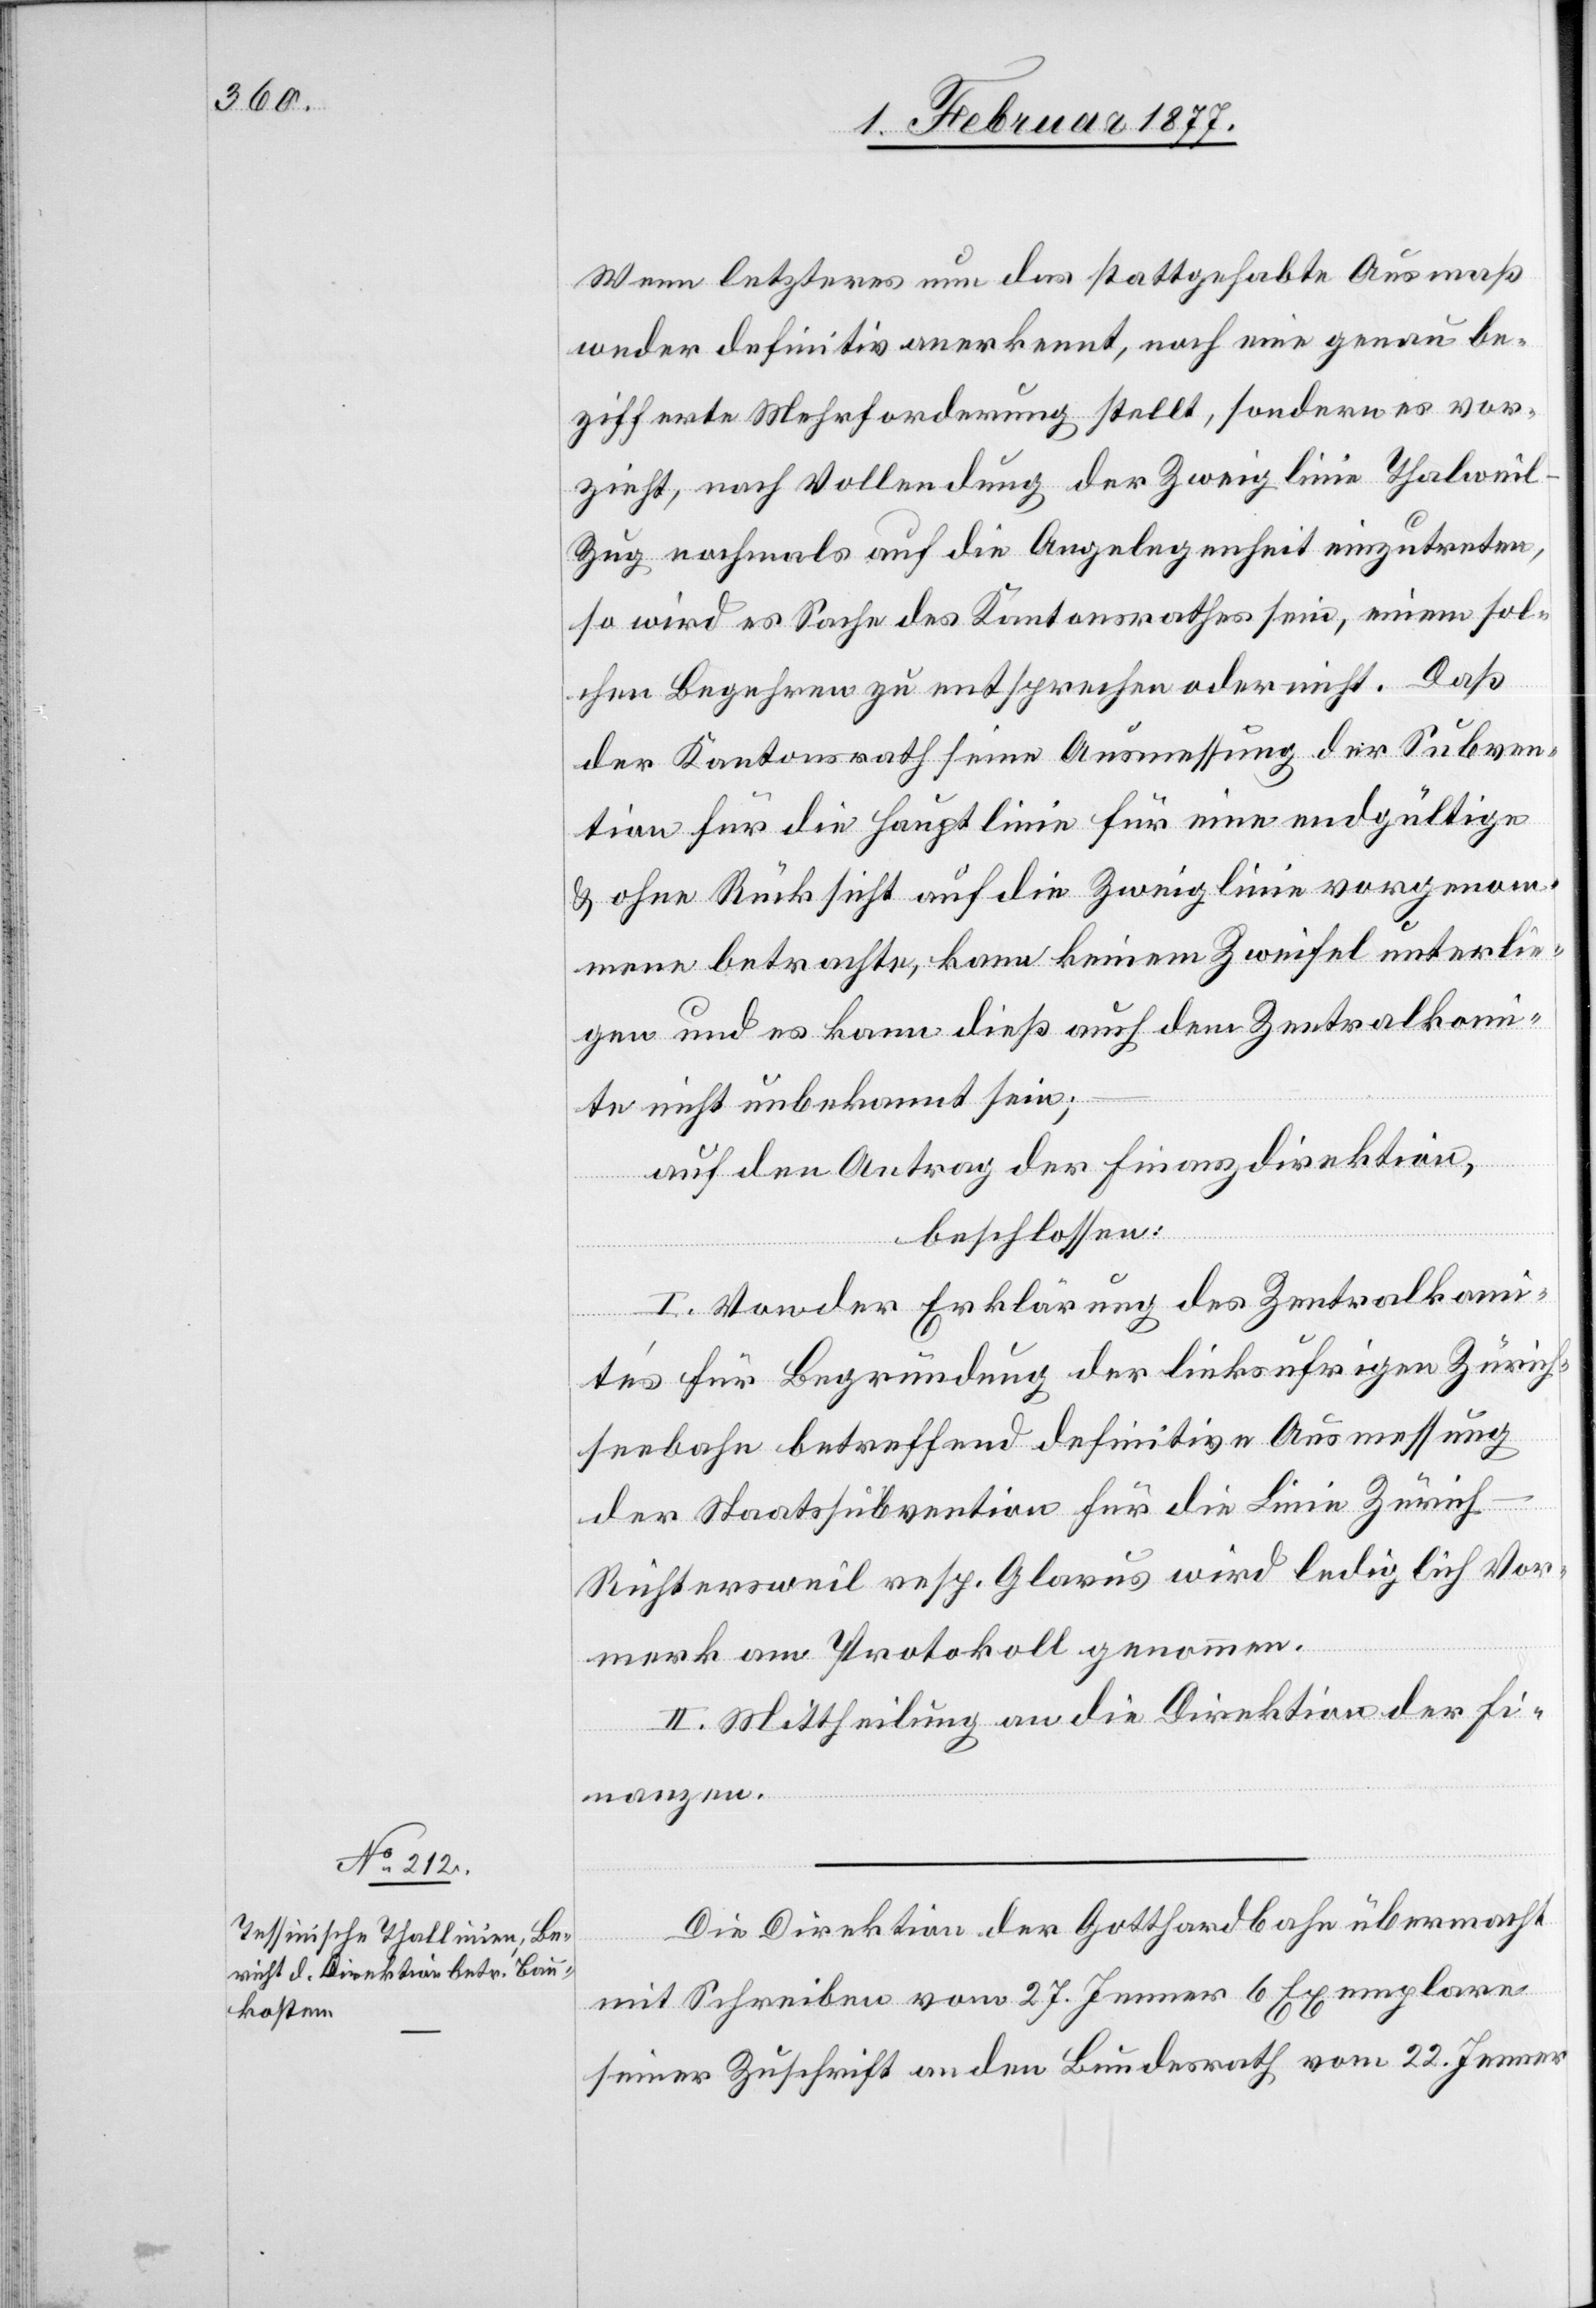
Wenn letzteres nun das stattgehabte Ausmaß
weder definitiv anerkennt, noch eine genau be¬
zifferte Mehrforderung stellt, sondern es vor¬
zieht, nach Vollendung der Zweiglinie Thalwei¬
l–Zug nochmals auf die Angelegenheit einzutreten,
so wird es Sache des Kantonsrathes sein, einem sol¬
chen Begehren zu entsprechen oder nicht. Daß
der Kantonsrath seine Ausmessung der Subven¬
tion für die Hauptlinie für eine endgültige
& ohne Rücksicht auf die Zweiglinie vorgenom¬
mene betrachte, kann keinem Zweifel unterlie¬
gen und es kann dieß auch dem Zentralkomi¬
te nicht unbekannt sein.
auf den Antrag der Finanzdirektion,
beschlossen:
I. Von der Erklärung des Zentralkomi¬
te’s für Begründung der linksufrigen Zürich¬
seebahn betreffend definitive Ausmessung
der Staatssubvention für die Linie Zürich–R¬
ichtersweil resp. Glarus wird lediglich Vor¬
merk am Protokoll genommen.
II. Mittheilung an die Direktion der Fi¬
nanzen.
Die Direktion der Gotthardbahn übermacht
mit Schreiben vom 27. Jenner 6 Exemplare
seiner Zuschrift an den Bundesrath vom 22. Jenner